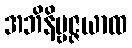
အဘိနိဗ္ဗဇ္ဇယာထ